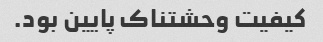
کیفیت وحشتناک پایین بود.